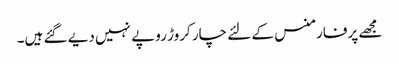
مجھے پرفارمنس کے لئے چار کروڑ روپے نہیں دیے گئے ہیں۔